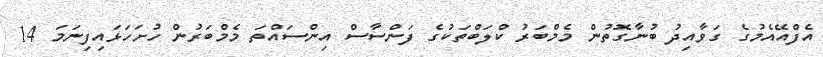
އެފްއޭއެމުގެ ގަވާއިދު ބުނާގޮތުން މެމްބަރު ކްލަބްތަކުގެ ފަންސާސް އިންސައްތަ މެމްބަރުން ހުށަހަޅައިފިނަމަ 14